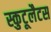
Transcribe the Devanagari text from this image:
स्कुटूलैटस